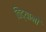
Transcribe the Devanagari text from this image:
विद्यानों